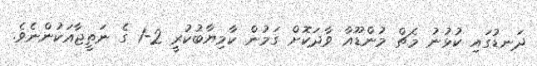
ދަނޑުގައި ކުޅުނު މެޗް މުންޑޫއާ ވާދަކޮށް ގަމުން ކާމިޔާބުކުރީ 2-1 ގެ ނަތީޖާއަކުންނެވެ.